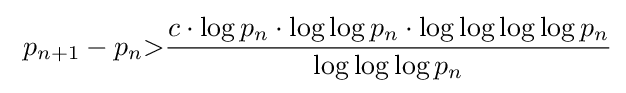
\ {p_{n+1}-p_{n}}{>}{\frac {c\cdot \log p_{n}\cdot \log \log p_{n}\cdot \log \log \log \log p_{n}}{\log \log \log p_{n}}}